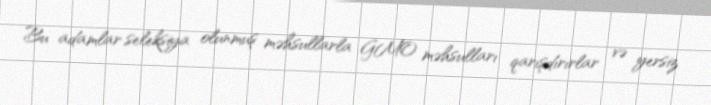
Bu adamlar seleksiya olunmuş məhsullarla GMO məhsulları qarışdırırlar və yersiz